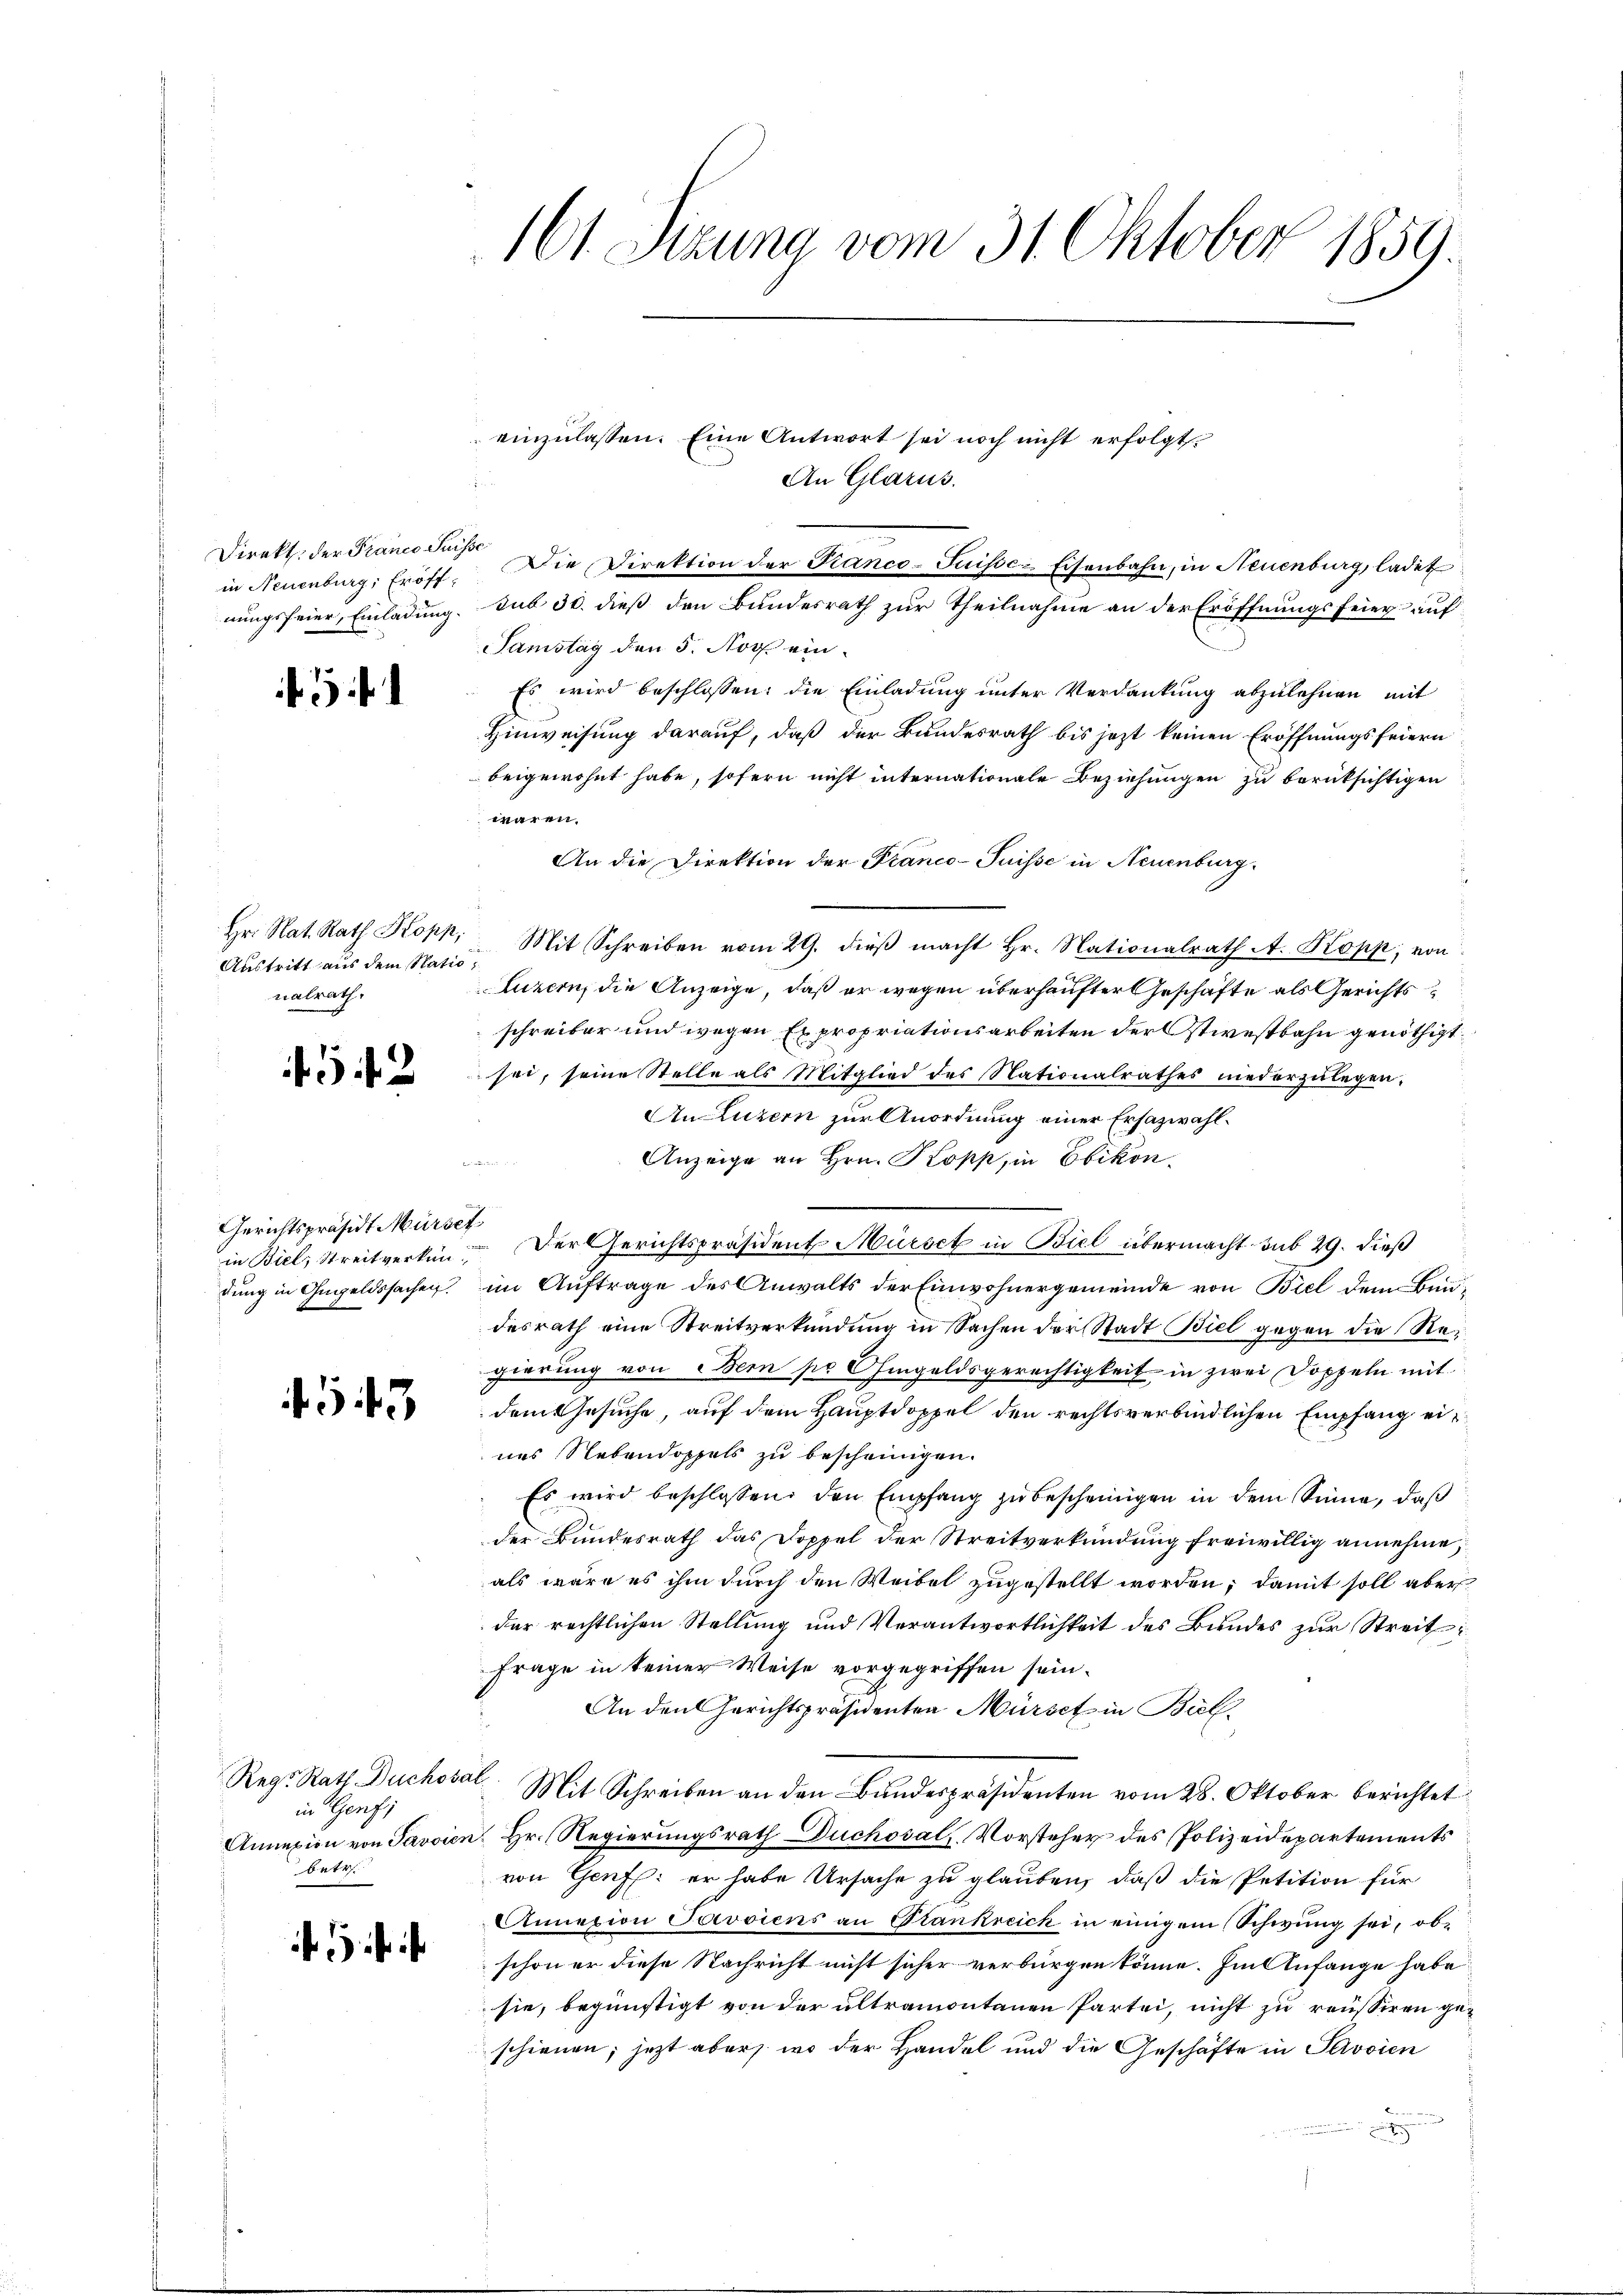
Direkt der Franco Suisse
in Neuenburg, Eröffnungsfeier, Einladung.

Austritt aus dem Natio,
nalrath.

45 f

Gerichtspräsidt Mürset
dung in Gugeldssachen.

543

Reg. Rath Duchosal
in Genfi
betr.

161. Sizung vom 31. Oktober 1859.

einzulassen. Eine Antwort sei noch nicht erfolgt.
An Glarus.
Die Direktion der Franco-Juisoc-Eisenbahn, in Neuenburg, ladet
sub 30. dieß den Bundesrath zur Theilnahme an der Eröffnungsfeier auf
Samstag den 5. Nov. ein-
Es wird beschlossen: die Einladung unter Verdankung abzulehnen mit
Hinweisung darauf, daß der Bundesrath bis jezt keinen Eröffnungsfeiern
beigewohnt habe, sofern nicht internationale Beziehungen zu berüksichtigen
wären.
An die Direktion der Franco-Puisse in Neuenburg
Hr. Nat. Rath Kokk, Mit Schreiben vom 29. dieβ macht Hr. Nationalrath A. Kopp, von
luzern, die Anzeige, daß er wegen überhaupter Geschäfte als Gerichtsschreiber und wegen Expropriationsarbeiten der stiestbahn genöthigt
sei, seine Stelle als Mitglied des Nationalrathes niederzulegen.
An Luzern zur Anordnung einer Ersazwahl¬
Anzeige an Hrn. Kopp, in Ebikon.
in Biel, Streitverken. Der Gerichtspräsident Mürset in Biel übermacht sub 29. dieß
im Auftrage des Anwalts der Einwohnergemeinde von Biel dem Bundesrath eine Streitverkündung in Sachen der Stadt Biel gegen die Re
gierung von Bern pr Chingeldsgerechtigkeit in zwei Doppeln mit
dem Gesuche, auf dem Hauptdoppel den rechtsverbindlichen Empfang eines Nebendoppels zu bescheinigen.
Es wird beschlossen, den Empfang zu bescheinigen in dem Sinne, daß
der Bundesrath das Doppel der Streitverkündung freiwillig annehme,
als wäre es ihm durch den Weibel zugestellt worden; damit soll aber
der rechtlichen Stellung und Verantwortlichkeit des Bundes zur Streit
Frage in keiner Weise vorgegriffen sein.
An den Gerichtspräsidenten Mürsef in Biel
Mit Schreiben an den Bundespräsidenten vom 28. Oktober berichtet
Annexion von Javaien, Hr. Regierungsrath Duchosal, Vorsteher des Polizeidepartements
von Genf: er habe Ursache zu glauben, daß die Petition für
Annexion Peroviens an Stankreich in einigem Schwung sei, ob-
schon er diese Nachricht nicht sicher verbürgen könne. Im Anfange habe
sie, begünstigt von der ultramontanen Partei, nicht zu reussiren geschienen; jetzt aber wo der Handel und die Geschäfte in Savoien